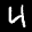
Label: 4